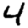
Digit: 4